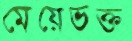
মেয়েভক্ত